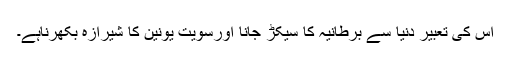
اس کی تعبیر دنیا سے برطانیہ کا سیکڑ جانا اورسویت یونین کا شیرازہ بکھرناہے۔